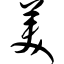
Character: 美